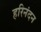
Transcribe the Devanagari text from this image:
हरिनंदन